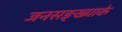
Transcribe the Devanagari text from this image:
जनसङ्ख्याके